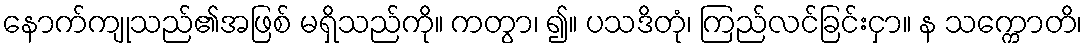
နောက်ကျုသည်၏အဖြစ် မရှိသည်ကို။ ကတွာ၊ ၍။ ပသဒိတုံ၊ ကြည်လင်ခြင်းငှာ။ န သက္ကောတိ၊